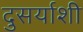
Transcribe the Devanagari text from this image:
दुसर्याशी